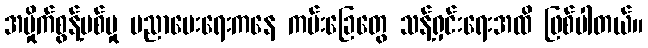
အမှိုက်စွန့်ပစ်မှု ပညာပေးရေးကနေ ကမ်းခြေတွေ သန့်ရှင်းရေးအထိ ဖြစ်ပါတယ်။